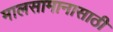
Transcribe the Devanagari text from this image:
मालसामानासाठी